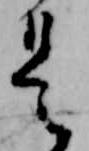
是